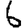
Digit: 6